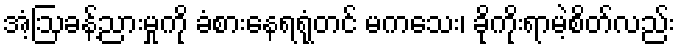
အံ့ဩခန့်ညားမှုကို ခံစားနေရရုံတင် မကသေး၊ ခိုကိုးရာမဲ့စိတ်လည်း